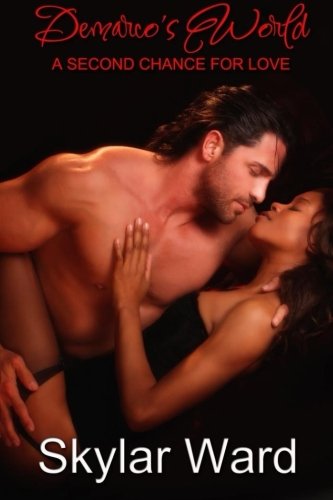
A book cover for Demarco's World: A Second Chance For Love; Skylar Ward; Romance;